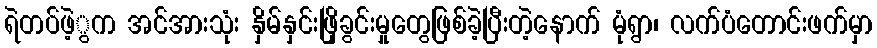
ရဲတပ်ဖဲ့ွက အင်အားသုံး နှိမ်နှင်းဖြိုခွင်းမှုတွေဖြစ်ခဲ့ပြီးတဲ့နောက် မုံရွာ၊ လက်ပံတောင်းဖက်မှာ